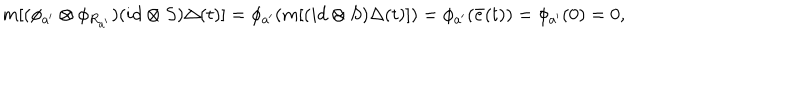
m [ ( \phi _ { a ^ { \prime } } \otimes \phi _ { R _ { a ^ { \prime } } } ) ( i d \otimes S ) \Delta ( t ) ] = \phi _ { a ^ { \prime } } ( m [ ( i d \otimes S ) \Delta ( t ) ] ) = \phi _ { a ^ { \prime } } ( \bar { e } ( t ) ) = \phi _ { a ^ { \prime } } ( 0 ) = 0 ,